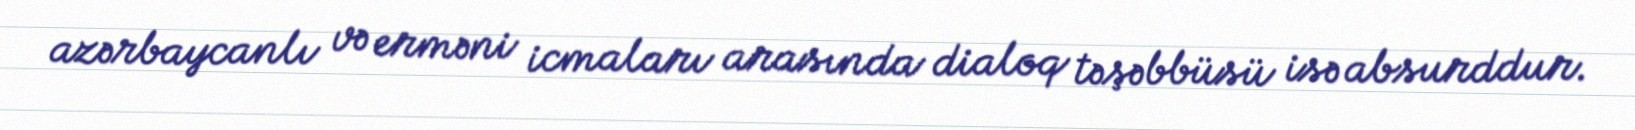
azərbaycanlı və erməni icmaları arasında dialoq təşəbbüsü isə absurddur.